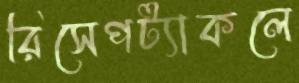
রিসেপট্যাকলে